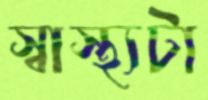
স্বাস্থ্যটা